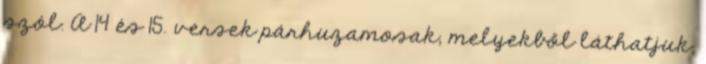
szól. A 14 és 15. versek párhuzamosak, melyekből láthatjuk,